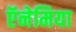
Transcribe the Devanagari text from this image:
ऍनेमिया